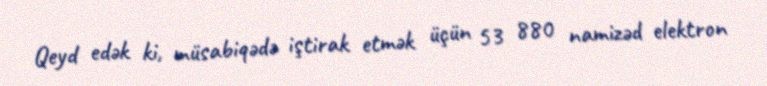
Qeyd edək ki, müsabiqədə iştirak etmək üçün 53 880 namizəd elektron